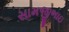
સામજીભાઇ